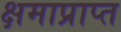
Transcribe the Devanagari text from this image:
क्षमाप्राप्त